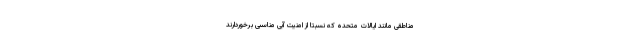
مناطقی مانند ایالات متحده که نسبتاً از امنیت آبیِ مناسبی برخوردارند